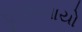
છૂટાછવાયો